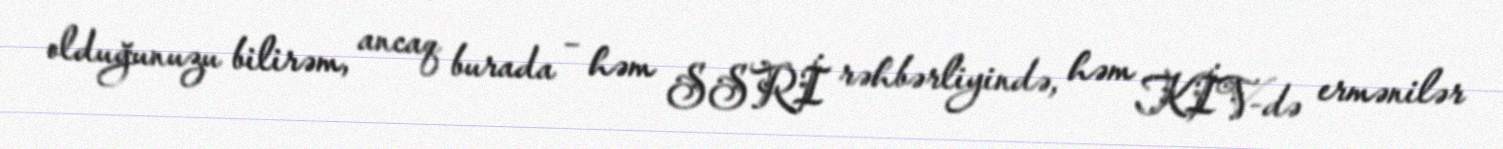
olduğunuzu bilirəm, ancaq burada – həm SSRİ rəhbərliyində, həm KİV-də ermənilər